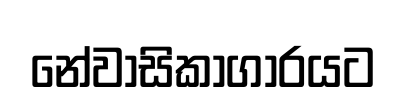
නේවාසිකාගාරයට